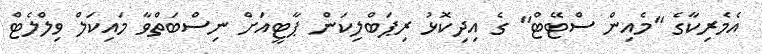
އެމެރިކާގެ "މެއިން ސްޓޭޓް" ގެ އިދިކޮޅު ރިޕަބްލިކަން ޕާޓީއަށް ނިސްބަތްވާ މައިކަލް ވިލްލެޓް